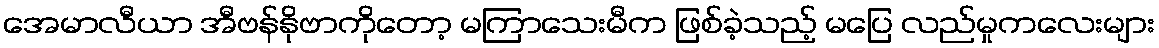
အေမာလီယာ အီဗန်နိုဗာကိုတော့ မကြာသေးမီက ဖြစ်ခဲ့သည့် မပြေ လည်မှုကလေးများ